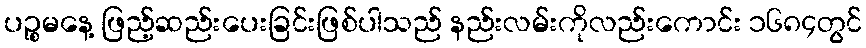
ပဉ္စမနေ့ ဖြည့်ဆည်းပေးခြင်းဖြစ်ပါသည် နည်းလမ်းကိုလည်းကောင်း ၁၆၈၄တွင်